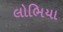
લોભિયા